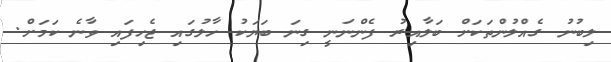
ލިބުނު ގެއްލުންތަކަށް ބަލާއިރު ފެންނަނީ ގިނަ ބަޔަކު ހާލުގައި ޖެހިފައި ވާނެ ކަމަށް.